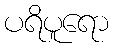
ပရိပူရော